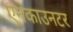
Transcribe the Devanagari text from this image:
एनकाउनटर